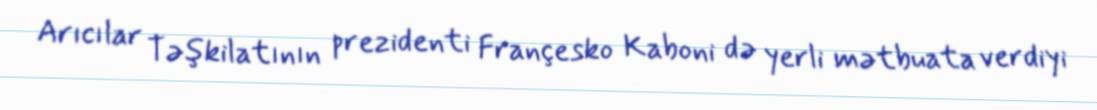
Arıcılar Təşkilatının prezidenti Françesko Kaboni də yerli mətbuata verdiyi